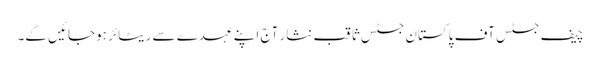
چیف جسٹس آف پاکستان جسٹس ثاقب نثار آج اپنے عہدے سے ریٹائر ہوجائیں گے۔